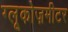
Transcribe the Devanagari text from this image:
ग्लूकोज़मीटर